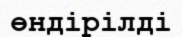
өндірілді